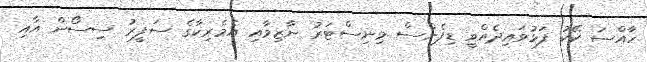
ހާއްސަ ކޭކު ފަޅުވައިދެއްވީ ޑިފެންސް މިނިސްޓަރު ނާޒިމާއި އެމެރިކާގެ ސަފީރު ސިސޯން އާއި